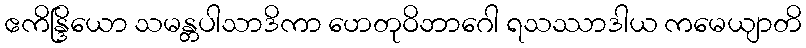
ဧကိန္ဒြိယော သမန္တပါသာဒိကာ ဟေတုဝိဘာဂေါ ရသဿာဒါယ ကမေယျာတိ